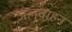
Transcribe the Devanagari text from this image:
जलवाहन